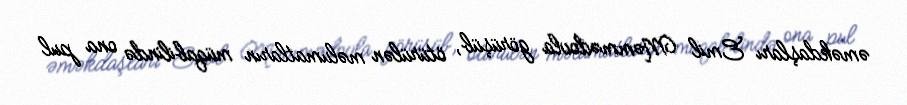
əməkdaşları Emil Məmmədovla görüşüb, ötürülən məlumatların müqabilində ona pul